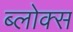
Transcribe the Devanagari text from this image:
ब्लोक्स